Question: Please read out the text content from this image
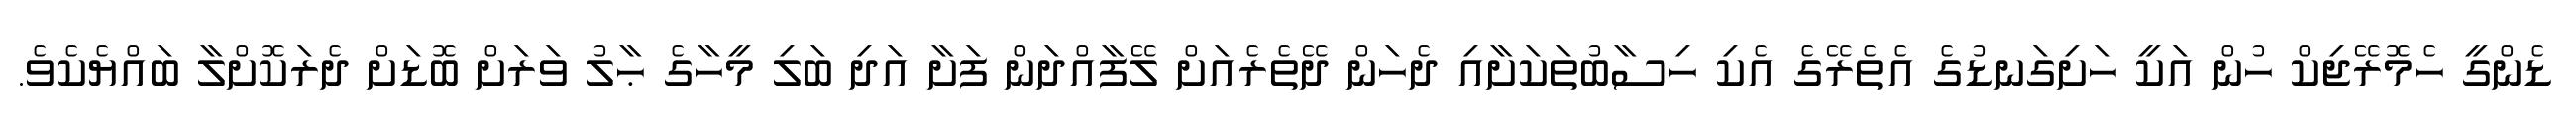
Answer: ޑެންގީ ހެމޮރޭޖިކް ހުން އަކީ ހަށިގަނޑުގެ އެތެރޭގެ އެކި ހިސާބުތަކަށާއި ދެހަން ދޭތެރެއަށް ލޭފާއްދަން ފަށާ އަދި ބަލި މީހާގެ ޙާލު ވަރަށް ބޮޑަށް ދެރަކޮށްލާ ބައްޔެކެވެ.